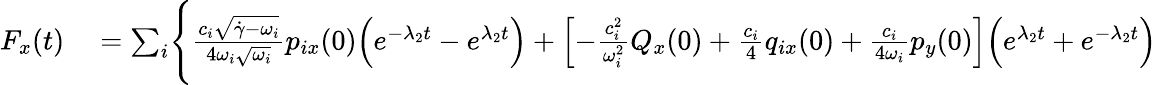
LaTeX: \begin{array}{rl}{F_{x}(t)}&{{}=\sum_{i}\Biggl\{ \frac{c_{i}\sqrt{\dot{\gamma}-\omega_{i}}}{4\omega_{i}\sqrt{\omega_{i}}}p_{ix}(0)\Bigl(e^{-\lambda_{2}t}-e^{\lambda_{2}t}\Bigr)+\Bigl[-\frac{c_{i}^{2}}{\omega_{i}^{2}}Q_{x}(0)+\frac{c_{i}}{4}q_{ix}(0)+\frac{c_{i}}{4\omega_{i}}p_{y}(0)\Bigr]\Bigl(e^{\lambda_{2}t}+e^{-\lambda_{2}t}\Bigr)}\end{array}